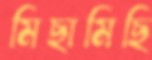
মিছামিছি